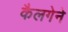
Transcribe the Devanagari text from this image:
कैलगेने